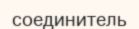
соединитель